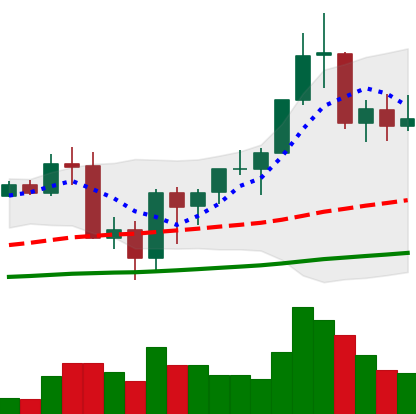
Ticker: BNB-USD
Chart end date: 2020-09-18
Forward return: -16.579%
Label: down_7plus